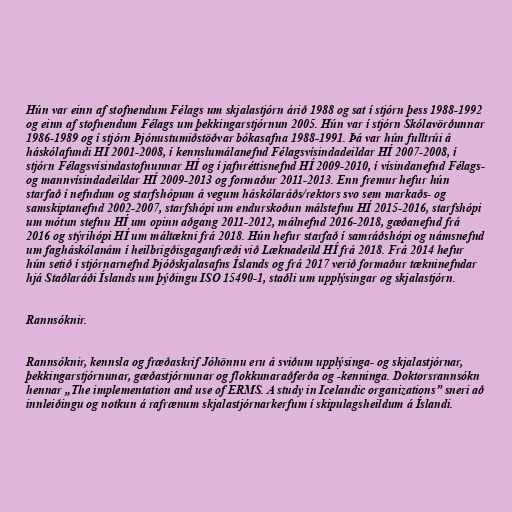
Hún var einn af stofnendum Félags um skjalastjórn árið 1988 og sat í stjórn þess 1988-1992
og einn af stofnendum Félags um þekkingarstjórnun 2005. Hún var í stjórn Skólavörðunnar
1986-1989 og í stjórn Þjónustumiðstöðvar bókasafna 1988-1991. Þá var hún fulltrúi á
háskólafundi HÍ 2001-2008, í kennslumálanefnd Félagsvísindadeildar HÍ 2007-2008, í
stjórn Félagsvísindastofnunnar HÍ og í jafnréttisnefnd HÍ 2009-2010, í vísindanefnd Félags-
og mannvísindadeildar HÍ 2009-2013 og formaður 2011-2013. Enn fremur hefur hún
starfað í nefndum og starfshópum á vegum háskólaráðs/rektors svo sem markaðs- og
samskiptanefnd 2002-2007, starfshópi um endurskoðun málstefnu HÍ 2015-2016, starfshópi
um mótun stefnu HÍ um opinn aðgang 2011-2012, málnefnd 2016-2018, gæðanefnd frá
2016 og stýrihópi HÍ um máltækni frá 2018. Hún hefur starfað í samráðshópi og námsnefnd
um fagháskólanám í heilbrigðisgaganfræði við Læknadeild HÍ frá 2018. Frá 2014 hefur
hún setið í stjórnarnefnd Þjóðskjalasafns Íslands og frá 2017 verið formaður tækninefndar
hjá Staðlaráði Íslands um þýðingu ISO 15490-1, staðli um upplýsingar og skjalastjórn.

Rannsóknir.

Rannsóknir, kennsla og fræðaskrif Jóhönnu eru á sviðum upplýsinga- og skjalastjórnar,
þekkingarstjórnunar, gæðastjórnunar og flokkunaraðferða og -kenninga. Doktorsrannsókn
hennar „The implementation and use of ERMS. A study in Icelandic organizations” sneri að
innleiðingu og notkun á rafrænum skjalastjórnarkerfum í skipulagsheildum á Íslandi.